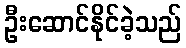
ဦးဆောင်နိုင်ခဲ့သည်